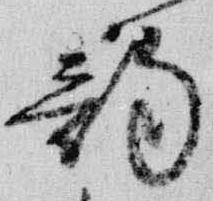
韵